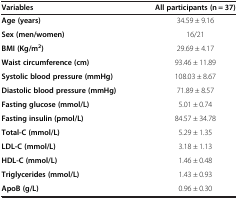
| Variables | All participants (n = 37) |
 | --- | --- |
 | Age (years) | 34.59 ± 9.16 |
 | Sex (men/women) | 16/21 |
 | BMI (Kg/m2) | 29.69 ± 4.17 |
 | Waist circumference (cm) | 93.46 ± 11.89 |
 | Systolic blood pressure (mmHg) | 108.03 ± 8.67 |
 | Diastolic blood pressure (mmHg) | 71.89 ± 8.57 |
 | Fasting glucose (mmol/L) | 5.01 ± 0.74 |
 | Fasting insulin (pmol/L) | 84.57 ± 34.78 |
 | Total-C (mmol/L) | 5.29 ± 1.35 |
 | LDL-C (mmol/L) | 3.18 ± 1.13 |
 | HDL-C (mmol/L) | 1.46 ± 0.48 |
 | Triglycerides (mmol/L) | 1.43 ± 0.93 |
 | ApoB (g/L) | 0.96 ± 0.30 |